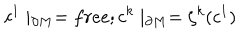
c ^ { 1 } \mid _ { \partial M } = f r e e ; c ^ { k } \mid _ { \partial M } = \zeta ^ { k } ( c ^ { 1 } )